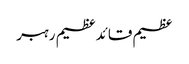
عظیم قائدعظیم رہبر